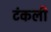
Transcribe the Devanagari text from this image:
टंकली